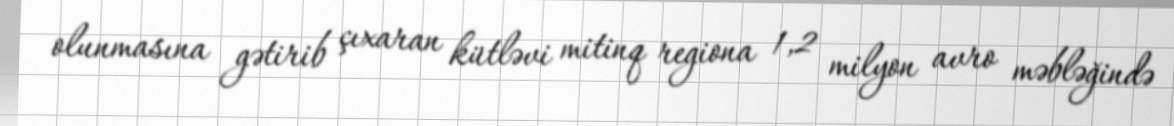
olunmasına gətirib çıxaran kütləvi mitinq regiona 1,2 milyon avro məbləğində